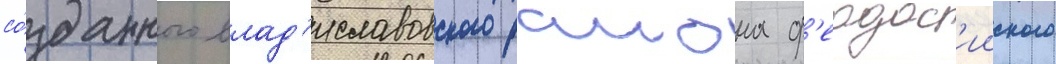
со́зданного влад'иславовского раиона ф'еодос'ииского